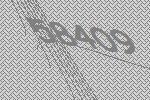
58409